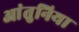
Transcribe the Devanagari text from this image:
आंतुनिया